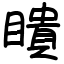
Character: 瞶